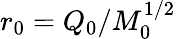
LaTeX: r_{0}=Q_{0}/M_{0}^{1/2}